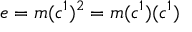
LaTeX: e = m ( c ^ { 1 } ) ^ { 2 } = m ( c ^ { 1 } ) ( c ^ { 1 } )